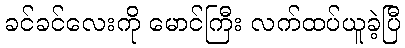
ခင်ခင်လေးကို မောင်ကြီး လက်ထပ်ယူခဲ့ပြီ